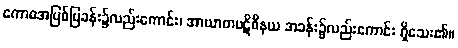
ကောဓအပြစ်ပြခန်း၌လည်းကောင်း၊ အာဃာတပဋိဝိနယ အခန်း၌လည်းကောင်း ရှိသေး၏။